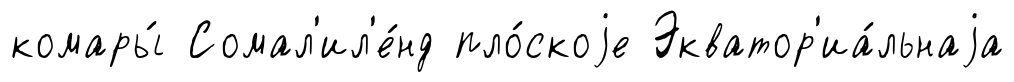
комары́ Сомал'ил'е́нд пло́скоjе Экватор'иа́льнаjа